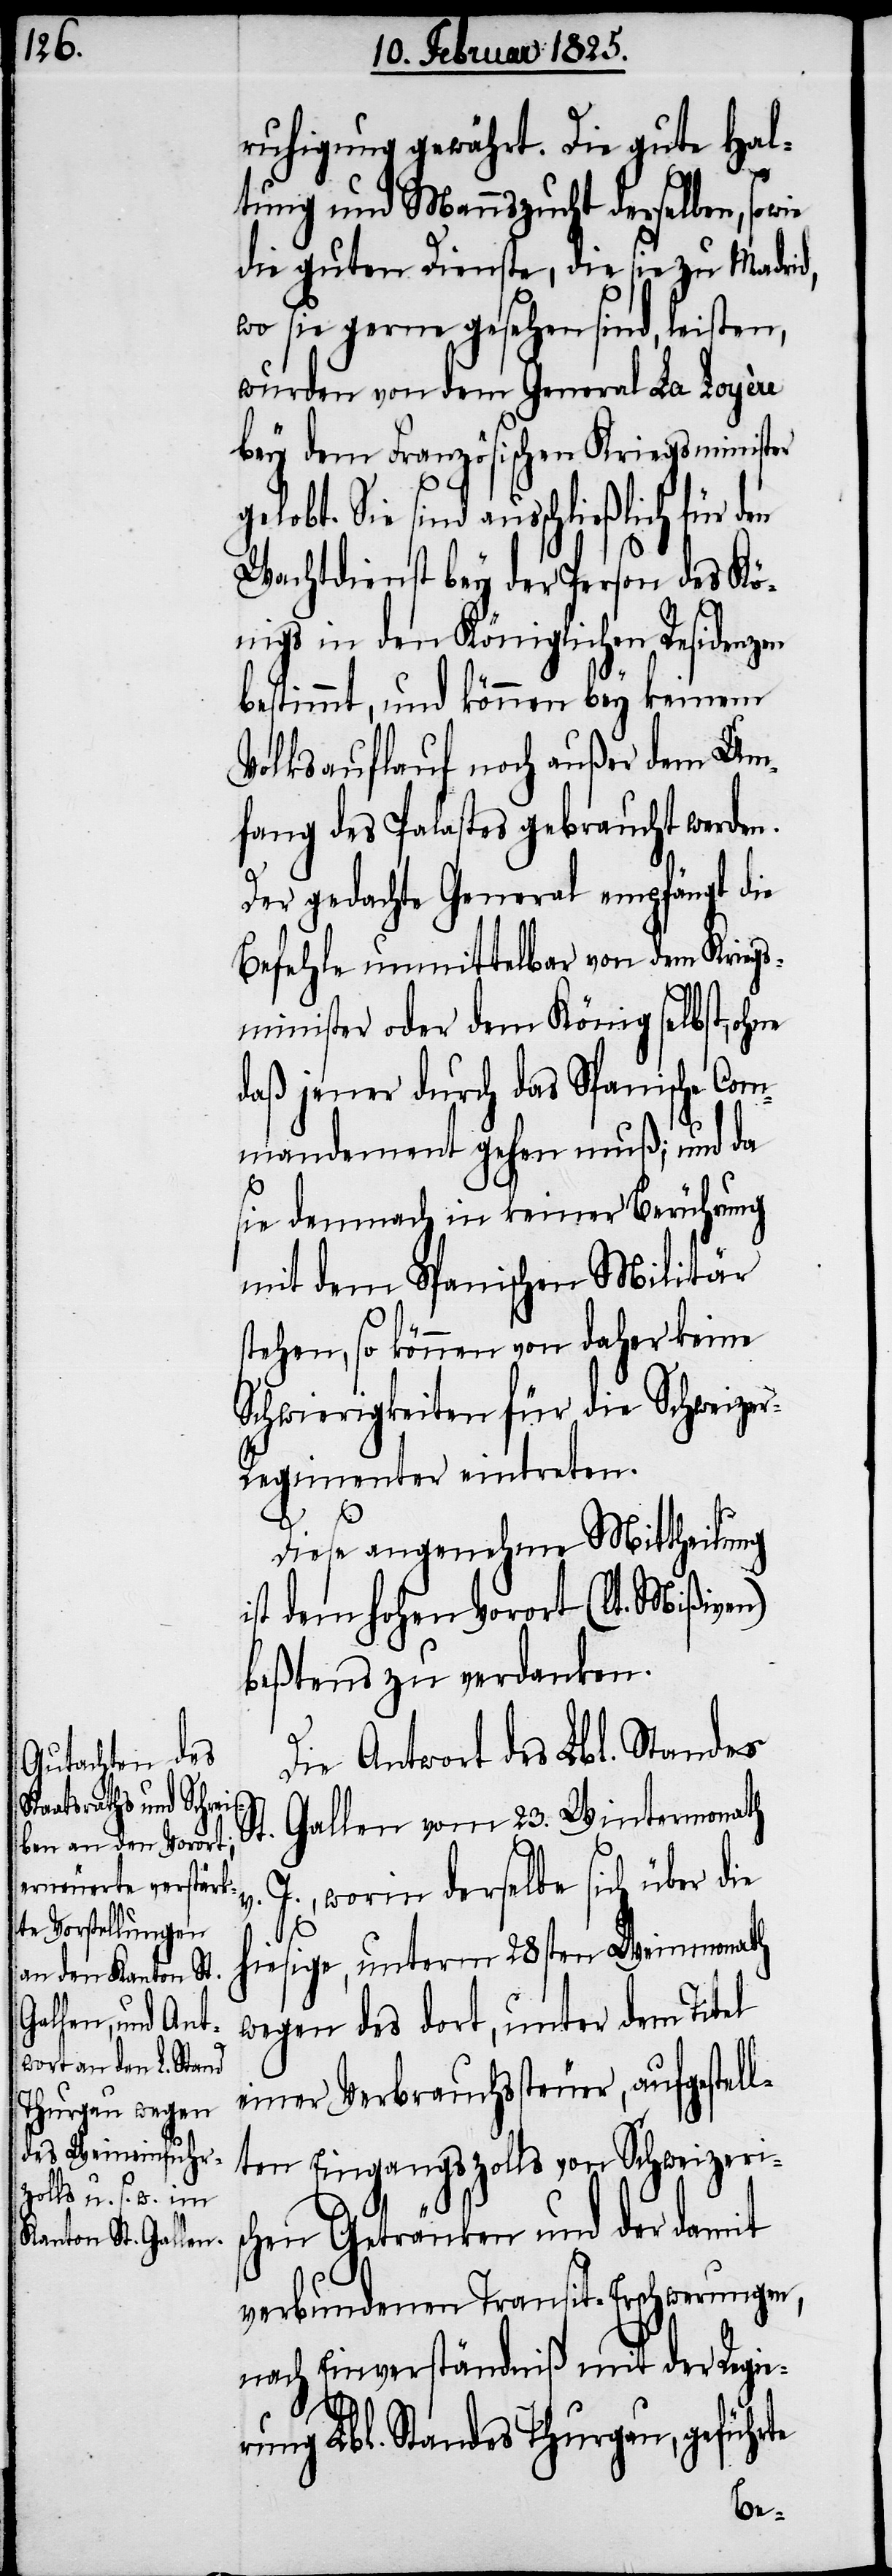
ruhigung gewährt. Die gute Hal¬
tung und Mannszucht derselben, sowie
die guten Dienste, die sie zu Madrid,
wo sie gerne gesehen sind, leisten,
wurden von dem General La Loyère
bey dem Französischen Kriegsminister
gelobt. Sie sind ausschließlich für
Wachtdienst bey der Person des Kö¬
nigs in den Königlichen Residenzen
bestimmt, und können bey keinem
Volksauflauf noch außer dem Um¬
fang des Palastes gebraucht werden.
Der gedachte General empfängt die
Befehle unmittelbar von dem Kriegs¬
minister oder dem König selbst, ohne
daß jener durch das Spanische Com¬
mandement gehen muß; und da
sie demnach in keiner Berührung
mit dem Spanischen Militär
stehen, so können von daher keine
Schwierigkeiten für die Schweize¬
r-Regimenter eintreten.
Diese angenehme Mittheilung
ist dem hohen Vorort (lt. Mißiven)
beßtens zu verdanken.
Die Antwort des Lbl. Standes
St. Gallen vom 23. Wintermonath
J., worin derselbe sich über die
hiesige, unterm 28sten Weinmonath
wegen des dort, unter dem Titel
einer Verbrauchssteuer, aufgestell¬
ten Eingangszolls von Schweizeri¬
schen Getränken und der damit
verbundenen Transit-Erschwerungen,
nach Einverständniß mit der Regie¬
rung Lbl. Standes Thurgau, geführte